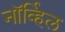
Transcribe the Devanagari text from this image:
नॉर्व्हिल